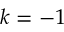
k = - 1